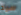
سيد